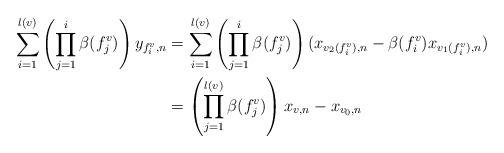
LaTeX: \begin{align*} \sum_{i = 1}^{l(v)}\left(\prod_{j = 1}^i\beta(f_j^v)\right)y_{f^v_i, n} &= \sum_{i = 1}^{l(v)}\left(\prod_{j = 1}^i\beta(f_j^v)\right)(x_{v_2(f_i^v), n} - \beta(f_i^v) x_{v_1(f_i^v), n})\\ &= \left(\prod_{j = 1}^{l(v)}\beta(f_j^v)\right)x_{v, n} - x_{v_0, n}\end{align*}